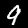
Digit: 9